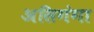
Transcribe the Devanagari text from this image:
असिगंगा